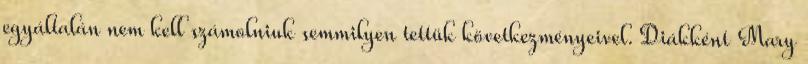
egyáltalán nem kell számolniuk semmilyen tettük következményeivel. Diákként Mary